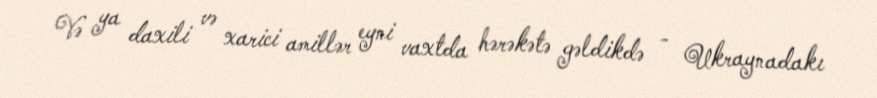
Və ya daxili və xarici amillər eyni vaxtda hərəkətə gəldikdə - Ukraynadakı